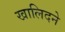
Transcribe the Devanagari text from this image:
खालिदने